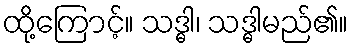
ထို့ကြောင့်။ သဒ္ဓါ၊ သဒ္ဓါမည်၏။